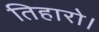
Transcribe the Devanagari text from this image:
तिहारो।